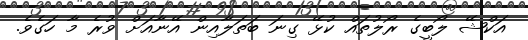
އަކްޝޭ ލޯބީގެ ރޯލުތައް ކުޅޭ ގިނަ ބަތަލާއިން އޭނާއަށް ވުރެ މާ ހަގެވެ.